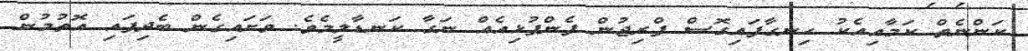
ކަންނެތް ކަމާއިއެކު ހިނގާފައިގޮސް ފްރިޖުން ފެންފުޅިއެއް ނަގާ ކަނޑާލީމެވެ. ވަށައިގެން ބެދިފައި އޮތުމުން